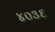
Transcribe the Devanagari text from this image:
४०३६